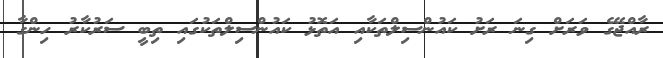
ރާއްޖޭގެ ވަަރަށް ގިނަ ރަށު ކައުންސިލްތަކާއި އަތޮޅު ކައުންސިލްތަކުގައި ތިބީ ސަރުކާރު ހިންގާ